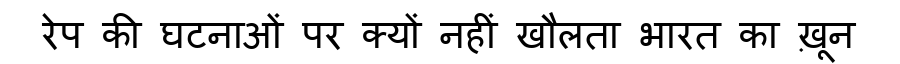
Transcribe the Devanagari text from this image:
रेप की घटनाओं पर क्यों नहीं खौलता भारत का ख़ून